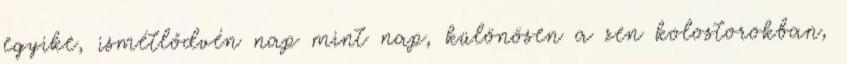
egyike, ismétlődvén nap mint nap, különösen a zen kolostorokban,